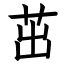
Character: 茁